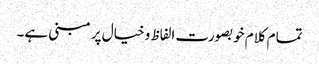
تمام کلام خوبصورت الفاظ و خیال پر مبنی ہے۔